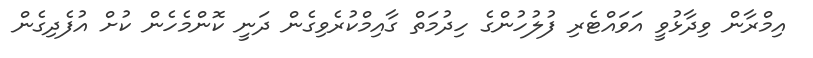
އިމްރާން ވިދާޅުވީ އަވައްޓެރި ފުލުހުންގެ ހިދުމަތް ގާއިމްކުރެވިގެން ދަނީ ކޮންމެހެން ކުށް އުފެދިގެން